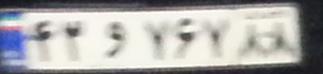
۴۲و۷۶۷۸۸